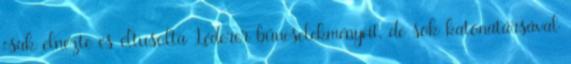
csak elnézte és eltusolta Léderer bűncselekményeit, de sok katonatársával